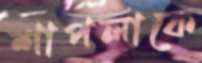
শাপলাকে